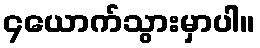
၄ယောက်သွားမှာပါ။